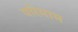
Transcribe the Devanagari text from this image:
परिमाम